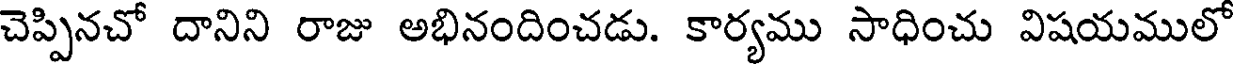
చెప్పినచో దానిని రాజు అభినందించడు. కార్యము సాధించు విషయములో